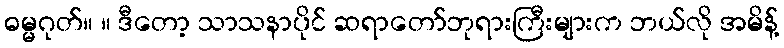
ဓမ္မဂုတ်။ ။ ဒီတော့ သာသနာပိုင် ဆရာတော်ဘုရားကြီးများက ဘယ်လို အမိန့်